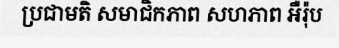
ប្រជាមតិ សមាជិកភាព សហភាព អឺរ៉ុប